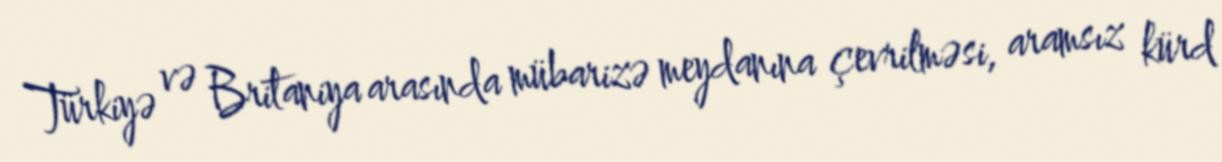
Türkiyə və Britaniya arasında mübarizə meydanına çevrilməsi, aramsız kürd